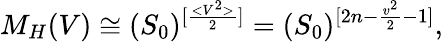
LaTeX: M_{H}(V)\cong(S_{0})^{[\frac{<V^{2}>}{2}]}=(S_{0})^{[2n-\frac{v^{2}}{2}-1]},